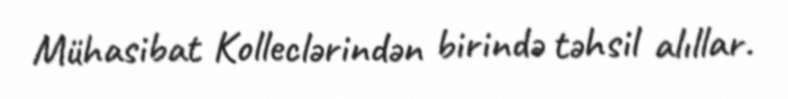
Mühasibat Kolleclərindən birində təhsil alıllar.